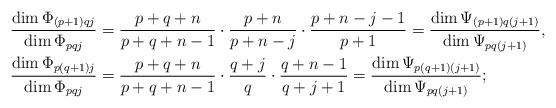
LaTeX: \begin{align*}\frac{\dim \Phi_{(p+1)qj}}{\dim \Phi_{pqj}} &= \frac{p+q+n}{p+q+n-1}\cdot\frac{p+n}{p+n-j}\cdot\frac{p+n-j-1}{p+1} = \frac{\dim \Psi_{(p+1)q(j+1)}}{\dim \Psi_{pq(j+1)}},\\\frac{\dim \Phi_{p(q+1)j}}{\dim \Phi_{pqj}} &= \frac{p+q+n}{p+q+n-1}\cdot\frac{q+j}{q}\cdot\frac{q+n-1}{q+j+1} = \frac{\dim \Psi_{p(q+1)(j+1)}}{\dim \Psi_{pq(j+1)}};\end{align*}